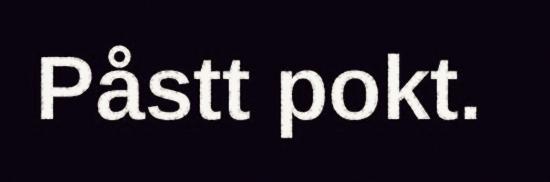
Påstt pokt.